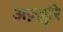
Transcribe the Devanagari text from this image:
अज़्ज़ुरि